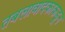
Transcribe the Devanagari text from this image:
तबलावादकाकडून